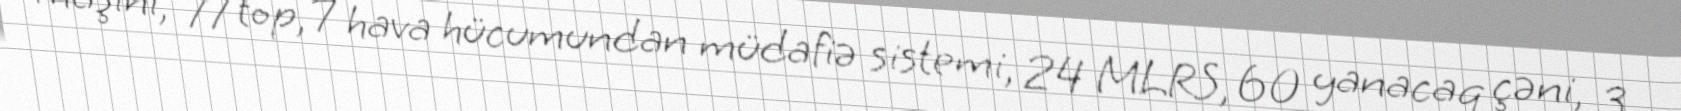
maşını, 77 top, 7 hava hücumundan müdafiə sistemi, 24 MLRS, 60 yanacaq çəni, 3